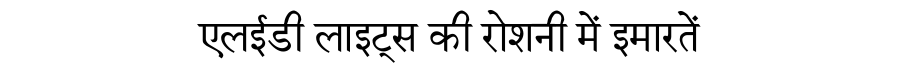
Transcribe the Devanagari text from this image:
एलईडी लाइट्स की रोशनी में इमारतें